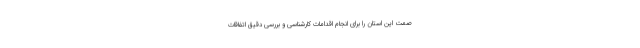
صمت این استان را برای انجام اقدامات کارشناسی و بررسی دقیق اتفاقات